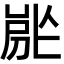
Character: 𡲡